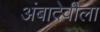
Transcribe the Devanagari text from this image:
अंबादेवीला